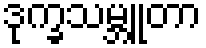
ဒုက္ခသမ္ဘူတာ